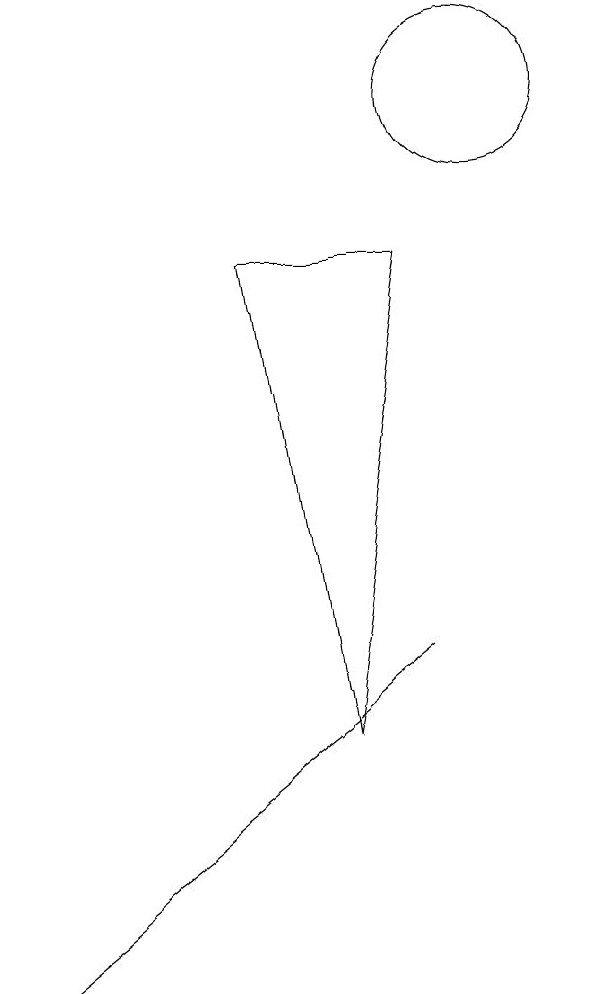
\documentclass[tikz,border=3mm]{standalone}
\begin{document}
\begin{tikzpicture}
\draw (8,3) -- (7,9) -- (9,9) -- cycle;
\draw (10,11) circle (1);
\draw (9,4) -- (4,0) -- (4,0) -- cycle;
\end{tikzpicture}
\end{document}